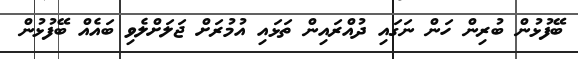
ބޭފުޅުން ބުރިން ހަން ނަގައި ދުއްރައިން ތަޅައި އުމުރަށް ޖަލަށްލެވި ބައެއް ބޭފުޅުން